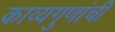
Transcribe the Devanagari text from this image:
काव्यगुणांची